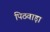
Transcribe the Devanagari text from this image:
पिठवाड़ा